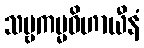
သဗ္ဗကမ္မဝိဟာယီနံ